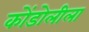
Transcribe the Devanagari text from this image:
कोंडोलीला